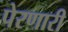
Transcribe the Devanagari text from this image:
पेरणारी